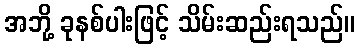
အဘို့ ခုနစ်ပါးဖြင့် သိမ်းဆည်းရသည်။